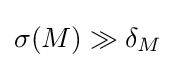
\sigma (M)\gg \delta _{M}~